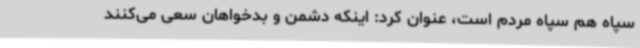
سپاه هم سپاه مردم است، عنوان کرد: اینکه دشمن و بدخواهان سعی می‌کنند